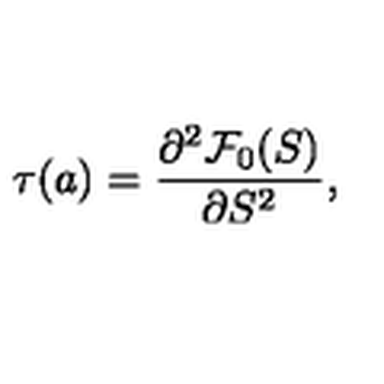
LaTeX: \tau ( a ) = { \frac { \partial ^ { 2 } { \cal F } _ { 0 } ( S ) } { \partial S ^ { 2 } } } ,